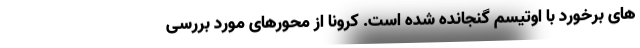
های برخورد با اوتیسم گنجانده شده است. کرونا از محورهای مورد بررسی